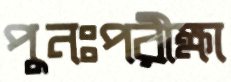
পুনঃপরীক্ষা